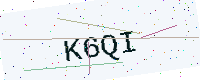
Text: K6QI